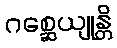
ဂစ္ဆေယျုန္တိ